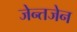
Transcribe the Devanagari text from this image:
जेन्तजेन